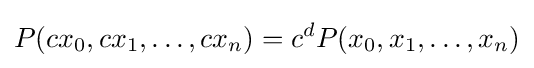
P(cx_{0},cx_{1},\ldots ,cx_{n})=c^{d}P(x_{0},x_{1},\ldots ,x_{n})